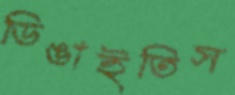
ডিঙাইতিস